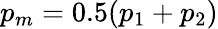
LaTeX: p_{m}=0.5(p_{1}+p_{2})